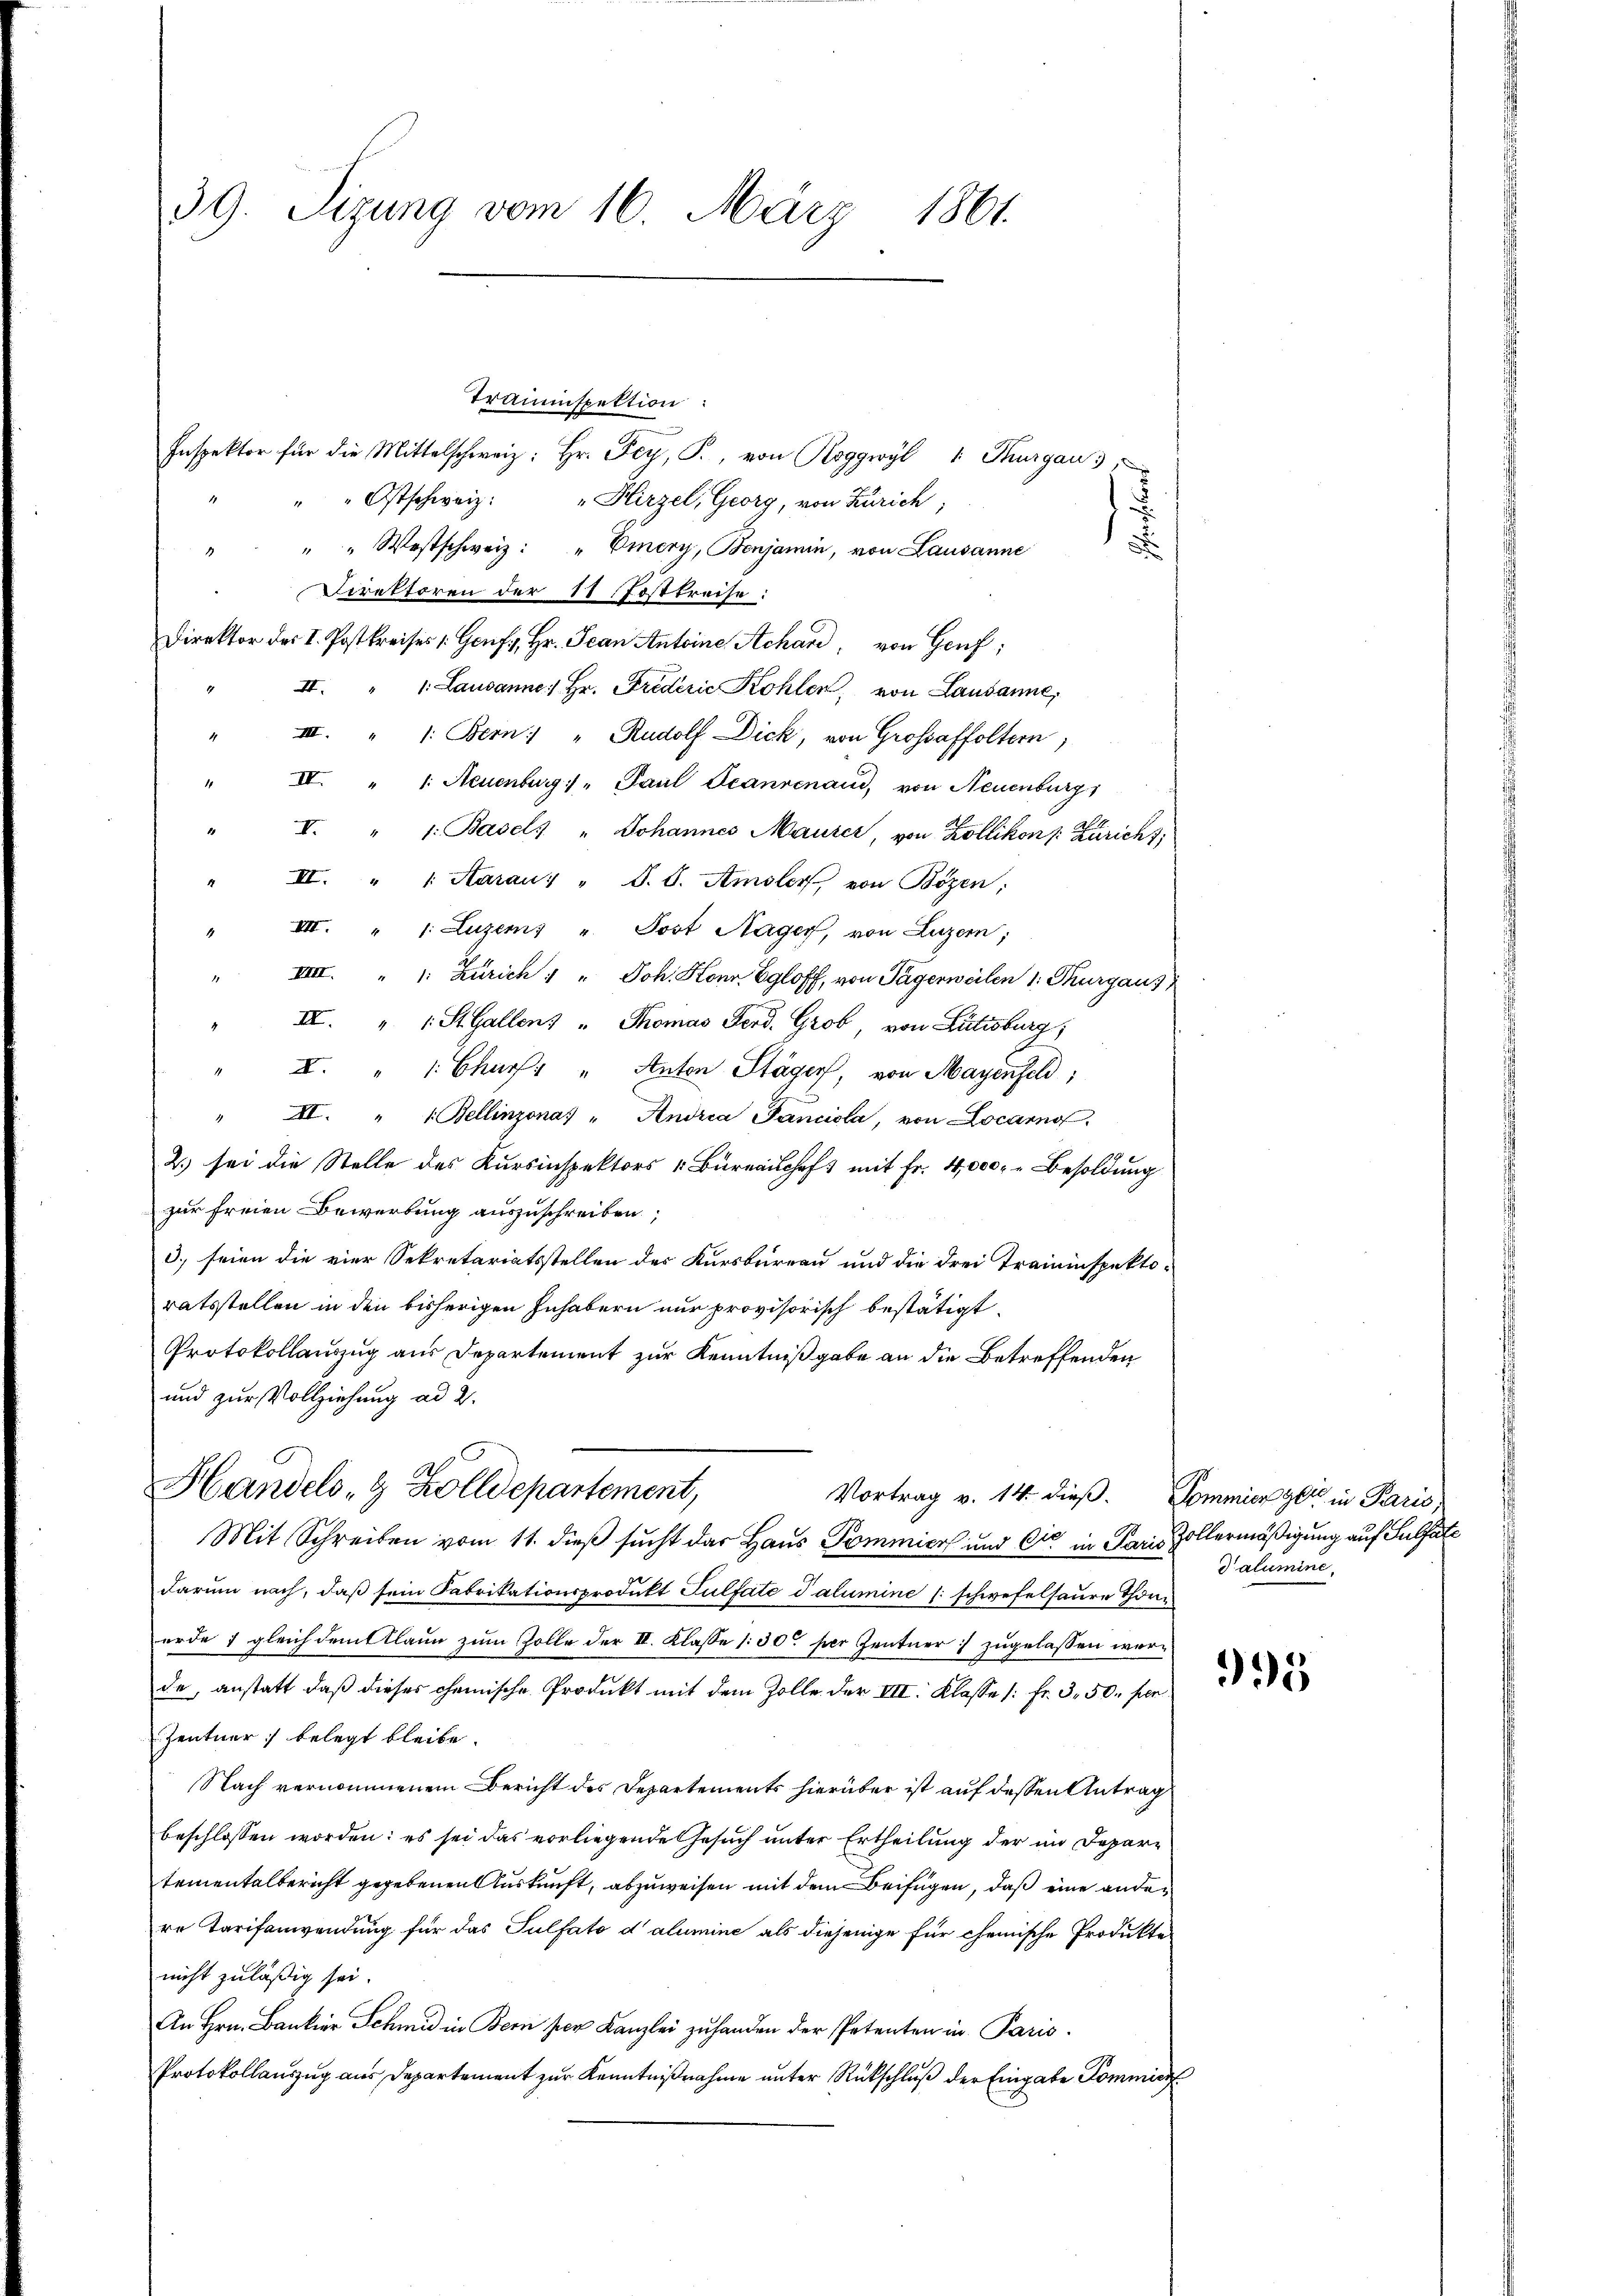
39. Sizung vom 16. März 1861.

Trauenspektion:
Inspektor für die Mittelschweiz: Hr. Fey, P., von Roggwyl u. Thurgau 3
"Ostschweiz: "Hirzel, Georg, von Zürich;
" " " Westschweiz: " Emery, Benjamin, von Lausanne
Direktoren der 11. Postkreise:
Direktor des I. Postkreises Genf, Hr. Jean Antoine Schard, von Genf;
II. " " Lausanne, Hr. Friderie Kohlen, von Lausanne,
1
III. " 1: Bern: " Rudolf Dick, von Grossaffoltern,
4
IVI. " " Neuenburg: " Paul Scanrenaud, von Neuenburg
1
I. " 1: Basel: " Johannes Maurer, von Zollikon: Züricht,
II. " " Aaraus " S. S. Amsler, von Bözen;
4
IIII. " 1: Luzerns u. Post Nager, von Luzern;
1
VIII. " 1: Zürich " " Joh. Honr Egloff, von Tagerweilen 1. Thurgaus
.
III. " " St. Gallens " Thomas Ferd. Grob, von Lutisburg,
" X. " " Charf. " Anton Stäger, von Mayenfeld,
" XI. " " Bellinzonas " Andria Fanciola, von Locarno,
2.) sei die Stelle des Kursinspektors u. Büreauschaft mit Fr. 4000.- Besoldung
zur freien Bewerbung auszuschreiben,
3.) seien die vier Sekretariatsstellen des Kursbureau und die drei Traininspektoratsstellen in den bisherigen Inhabern nur provisorisch bestätigt.
Protokollauszug aus Departement zur Kenntnißgabe an die Betreffenden
und zur Vollziehung ad 2.

Handels- & Zolldepartement,

Vortrag v. 14. dieß. Commier gli in Paris,

Mit Schreiben vom 11. dieß sucht das Haus Pommier und die in Paris Zollermäßigung auf Sultat
darum nach, daß sein Fabrikationsprodukt Tulfate dalumine /: schwefelsaure Thore
erde 7 gleich dem klaun zum Zolle der III. Klasse 150 per Zentner zugelassen worde, anstatt daß dieses chemische Produkt mit dem Zolle der III. Klasse (: Fr. 3. 50. per
Zentner belegt bleibe.
Nach vernommenem Bericht des Departements hierüber ist auf dessen Antrag
beschlossen worden: es sei das vorliegende Gesuch unter Ertheilung der im Depar-
tementalbericht gegebenen Auskunft, abzuweisen mit dem Beifügen, daß eine andere Tarifanwendung für das Pulfato dalumine als diejenige für chemische Produkten
nicht zuläßig sei.
An Hrn. Bankier Schmid in Bern per Kanzlei zu handen der Petenten in Paris.
Protokollauszug aus Departement zur Kenntnißnahme unter Rückschluß der Eingabe Kommiss

dalumine,

395